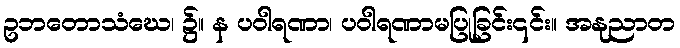
ဥဘတောသံဃေ၊ ၌။ န ပဝါရဏာ၊ ပဝါရဏာမပြုခြင်း၎င်း။ အနုညာတ